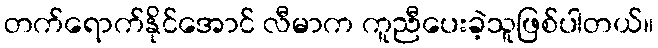
တက်ရောက်နိုင်အောင် လီမာက ကူညီပေးခဲ့သူဖြစ်ပါတယ်။